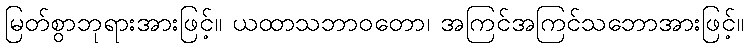
မြတ်စွာဘုရားအားဖြင့်။ ယထာသဘာဝတော၊ အကြင်အကြင်သဘောအားဖြင့်။